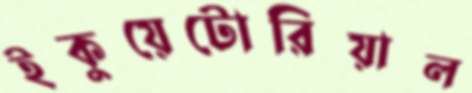
ইকুয়েটোরিয়াল